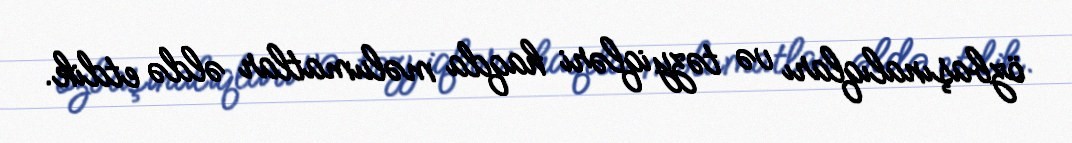
özbaşınalıqları və təzyiqləri haqda məlumatlar əldə etdik.